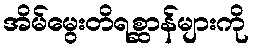
အိမ်မွေးတိရစ္ဆာန်များကို